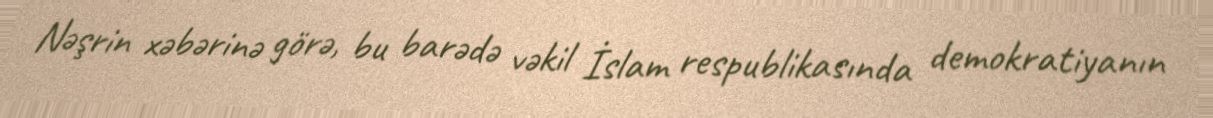
Nəşrin xəbərinə görə, bu barədə vəkil İslam respublikasında demokratiyanın